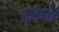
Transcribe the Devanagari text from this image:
उकब